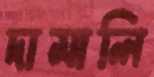
দামালি